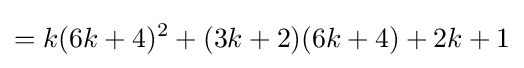
=k(6k+4)^{2}+(3k+2)(6k+4)+2k+1